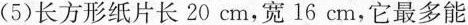
(5)长方形纸片长20 cm，宽 16c m，它最多能